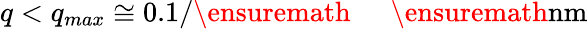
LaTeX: q<q_{max}\cong 0.1/\ensuremath{\mathrm{~\textrm~{~\, ~}~}}\ensuremath{\mathrm{nm}}